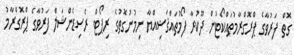
ގޮތް ފަރުވާގެ ޕްރޮގްރާމުތައްކޯޓުން ދޫކުރާ ފޯމުތައްޤަޟިއްޔާ ނިމުނުގޮތުގެ ރިޕޯޓް ރެސިޑެންޝަލް ފަރުވާގެ ޕްރޮގްރާމު